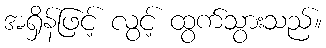
အရှိန်ဖြင့် လွင့် ထွက်သွားသည်။